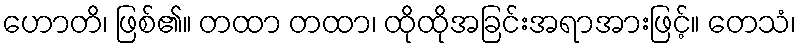
ဟောတိ၊ ဖြစ်၏။ တထာ တထာ၊ ထိုထိုအခြင်းအရာအားဖြင့်။ တေသံ၊